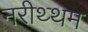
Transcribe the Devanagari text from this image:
नरीथ्थम